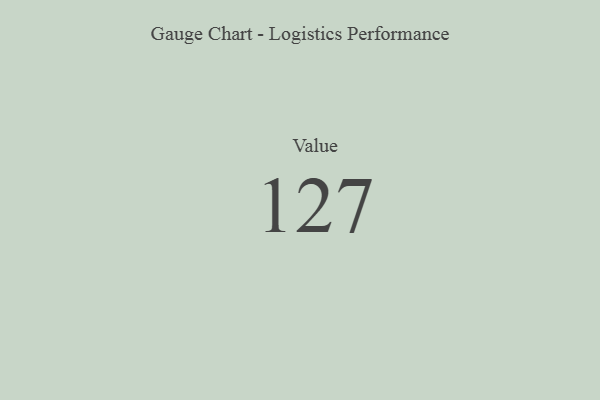
{"axis": {"x": "Metric", "y": "Value"}, "legend": [""], "data": [{"x": "Value", "y": 127, "type": ""}]}